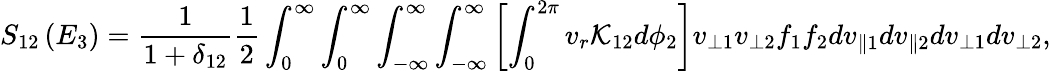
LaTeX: S_{12}\left(E_{3}\right)=\frac{1}{1+\delta_{12}}\frac{1}{2}\int_{0}^{\infty}\int_{0}^{\infty}\int_{-\infty}^{\infty}\int_{-\infty}^{\infty}\left[\int_{0}^{2\pi}v_{r}\mathcal{K}_{12}d\phi_{2}\right]v_{\perp 1}v_{\perp 2}f_{1}f_{2}dv_{\parallel 1}dv_{\parallel 2}dv_{\perp 1}dv_{\perp 2},